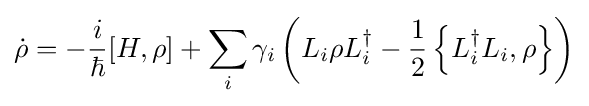
{\dot {\rho }}=-{i \over \hbar }[H,\rho ]+\sum _{i}^{}\gamma _{i}\left(L_{i}\rho L_{i}^{\dagger }-{\frac {1}{2}}\left\{L_{i}^{\dagger }L_{i},\rho \right\}\right)